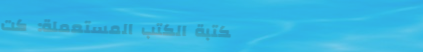
مكتبة الكتب المستعملة: كت